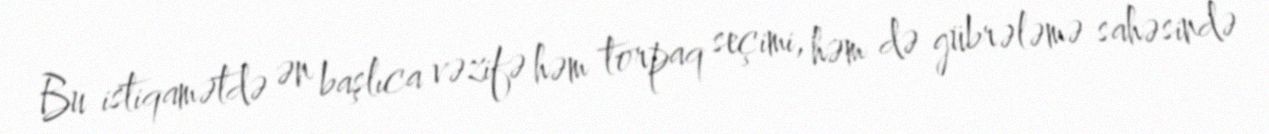
Bu istiqamətdə ən başlıca vəzifə həm torpaq seçimi, həm də gübrələmə sahəsində